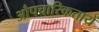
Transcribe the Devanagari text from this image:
औपचारिकतायें